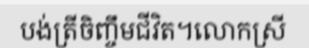
បង់ត្រីចិញ្ចឹមជីវិត។លោកស្រី